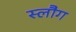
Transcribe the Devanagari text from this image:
स्लौग